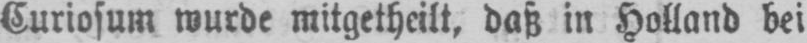
Curiosum wurde mitgetheilt, daß in Holland bei